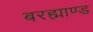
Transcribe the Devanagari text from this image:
बरह्माण्ड